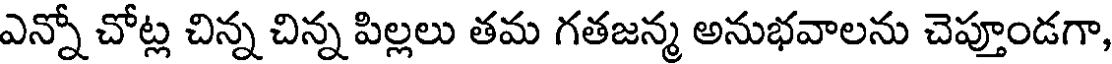
ఎన్నో చోట్ల చిన్న చిన్న పిల్లలు తమ గతజన్మ అనుభవాలను చెప్తూండగా,